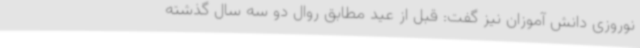
نوروزی دانش آموزان نیز گفت: قبل از عید مطابق روال دو سه سال گذشته